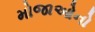
મોજાઓનો